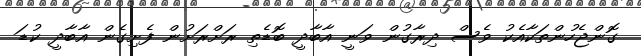
ގޮންޖެހުންތަކާއެކު ވެސް ދިރާގުން ވަނީ އާބާދީ ބޮޑެތި ރަށްރަށުން ފެށިގެން އާބާދީ ކުޑަ